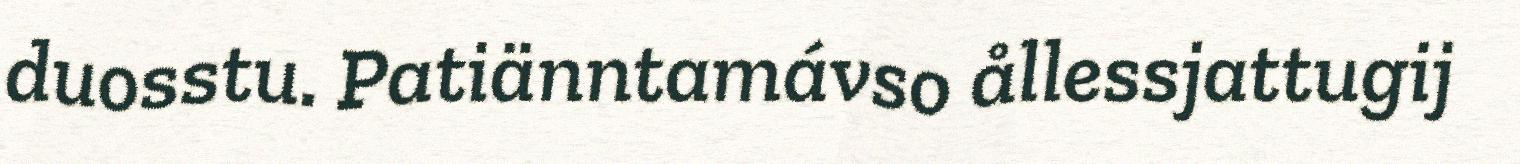
duosstu. Patiänntamávso ållessjattugij